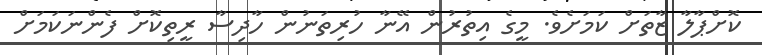
ކޮށްޕާލާ ޒާތަށް ކަމަށެވެ. މީގެ އިތުރުން އޭނާ ހުރިތަނުން ހާދިސާ ރީތިކޮށް ފެންނަކަމަށް